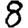
Digit: 8